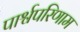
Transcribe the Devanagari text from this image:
पार्श्वपरिणाम